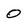
Character: 0